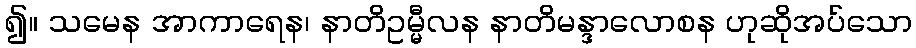
၍။ သမေန အာကာရေန၊ နာတိဥမ္မီလန နာတိမန္ဒာလောစန ဟုဆိုအပ်သော